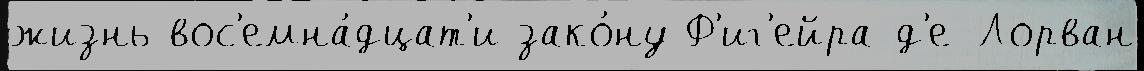
жизнь вос'емна́дцат'и зако́ну Ф'иг'ейра-д'е-Лорван